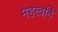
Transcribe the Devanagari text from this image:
महत्त्वहि